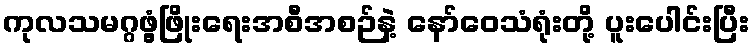
ကုလသမဂ္ဂဖွံ့ဖြိုးရေးအစီအစဉ်နဲ့ နော်ဝေသံရုံးတို့ ပူးပေါင်းပြီး